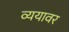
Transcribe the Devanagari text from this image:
व्ययावर